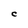
Character: C